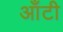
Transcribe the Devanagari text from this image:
आँटी